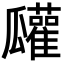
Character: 𤬠